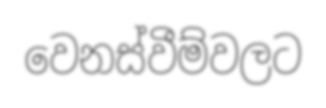
වෙනස්වීම්වලට